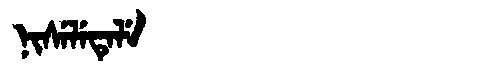
Manchu: ᠨᡳᠰᡝᠯᡝᡨᡝᠯᡝ
Romanization: NISELETELE